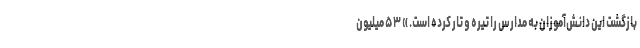
بازگشت این دانش‌آموزان به مدارس را تیره و تار کرده است. » ۵۳ میلیون